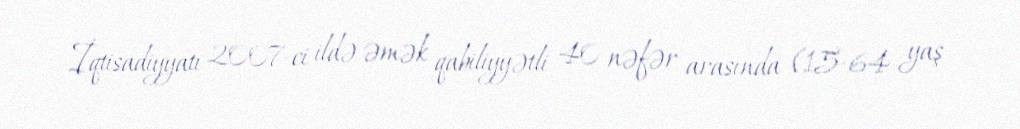
İqtisadiyyatı 2007-ci ildə əmək qabiliyyətli 40 nəfər arasında (15-64 yaş